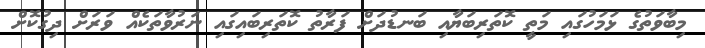
މިބާވަތުގެ ޅަމަހުގައި މަތީ ކޮތަރިބަޔާއި ބަނޑުދަށް ފަރާތު ކޮތަރިބައިގައި ނަރުވާތަކެއް ވަރަށް ދިގުކޮށް